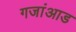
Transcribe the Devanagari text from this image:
गजांआड